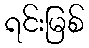
ရင်းမြစ်